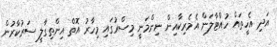
އަދި އެހީތައް ހުއްޓާލަން އެމެރިކާއިން ނިންމަނީ މިސްރުގައި މިހާރު އޮތް އިންތިގާލީ ސަރުކާރުން